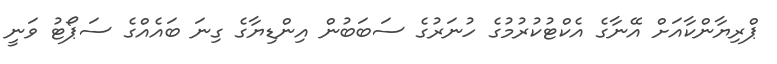
ޕްރިޔާންކާއަށް އޭނާގެ އެކްޓުކުރުމުގެ ހުނަރުގެ ސަބަބުން އިންޑިޔާގެ ގިނަ ބައެއްގެ ސަޕޯޓު ވަނީ